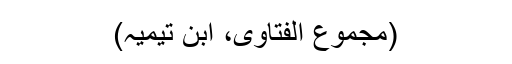
(مجموع الفتاویٰ، ابن تیمیہؒ)